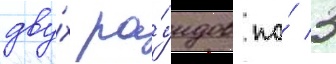
дву́х ра́ундов по́ 3